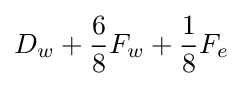
D_{w}+{\frac {6}{8}}F_{w}+{\frac {1}{8}}F_{e}